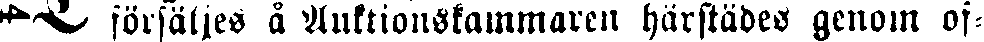
försäljes å Auktionskammaren härstädes genom of-